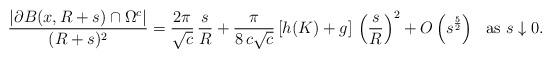
LaTeX: \begin{align*}\frac {|\partial B(x, R+s) \cap \Omega^c|}{(R+s)^2} = \frac {2\pi}{\sqrt{c}} \,\frac{s}{R} + \frac \pi{8\, c \sqrt{c}}\,[h(K) + g]\,\left(\frac{s}{R}\right)^2 + O\left(s^{\frac 52}\right)\ \mbox{ as } s \downarrow 0.\end{align*}